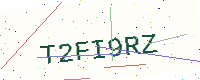
Text: T2FI9RZ